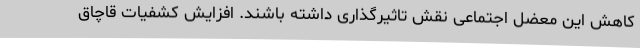
کاهش این معضل اجتماعی نقش تاثیرگذاری داشته باشند. افزایش کشفیات قاچاق